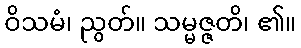
ဝိသမံ၊ ညွတ်။ သမ္မဇ္ဇတိ၊ ၏။